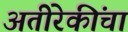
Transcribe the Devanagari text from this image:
अतीरेकींचा